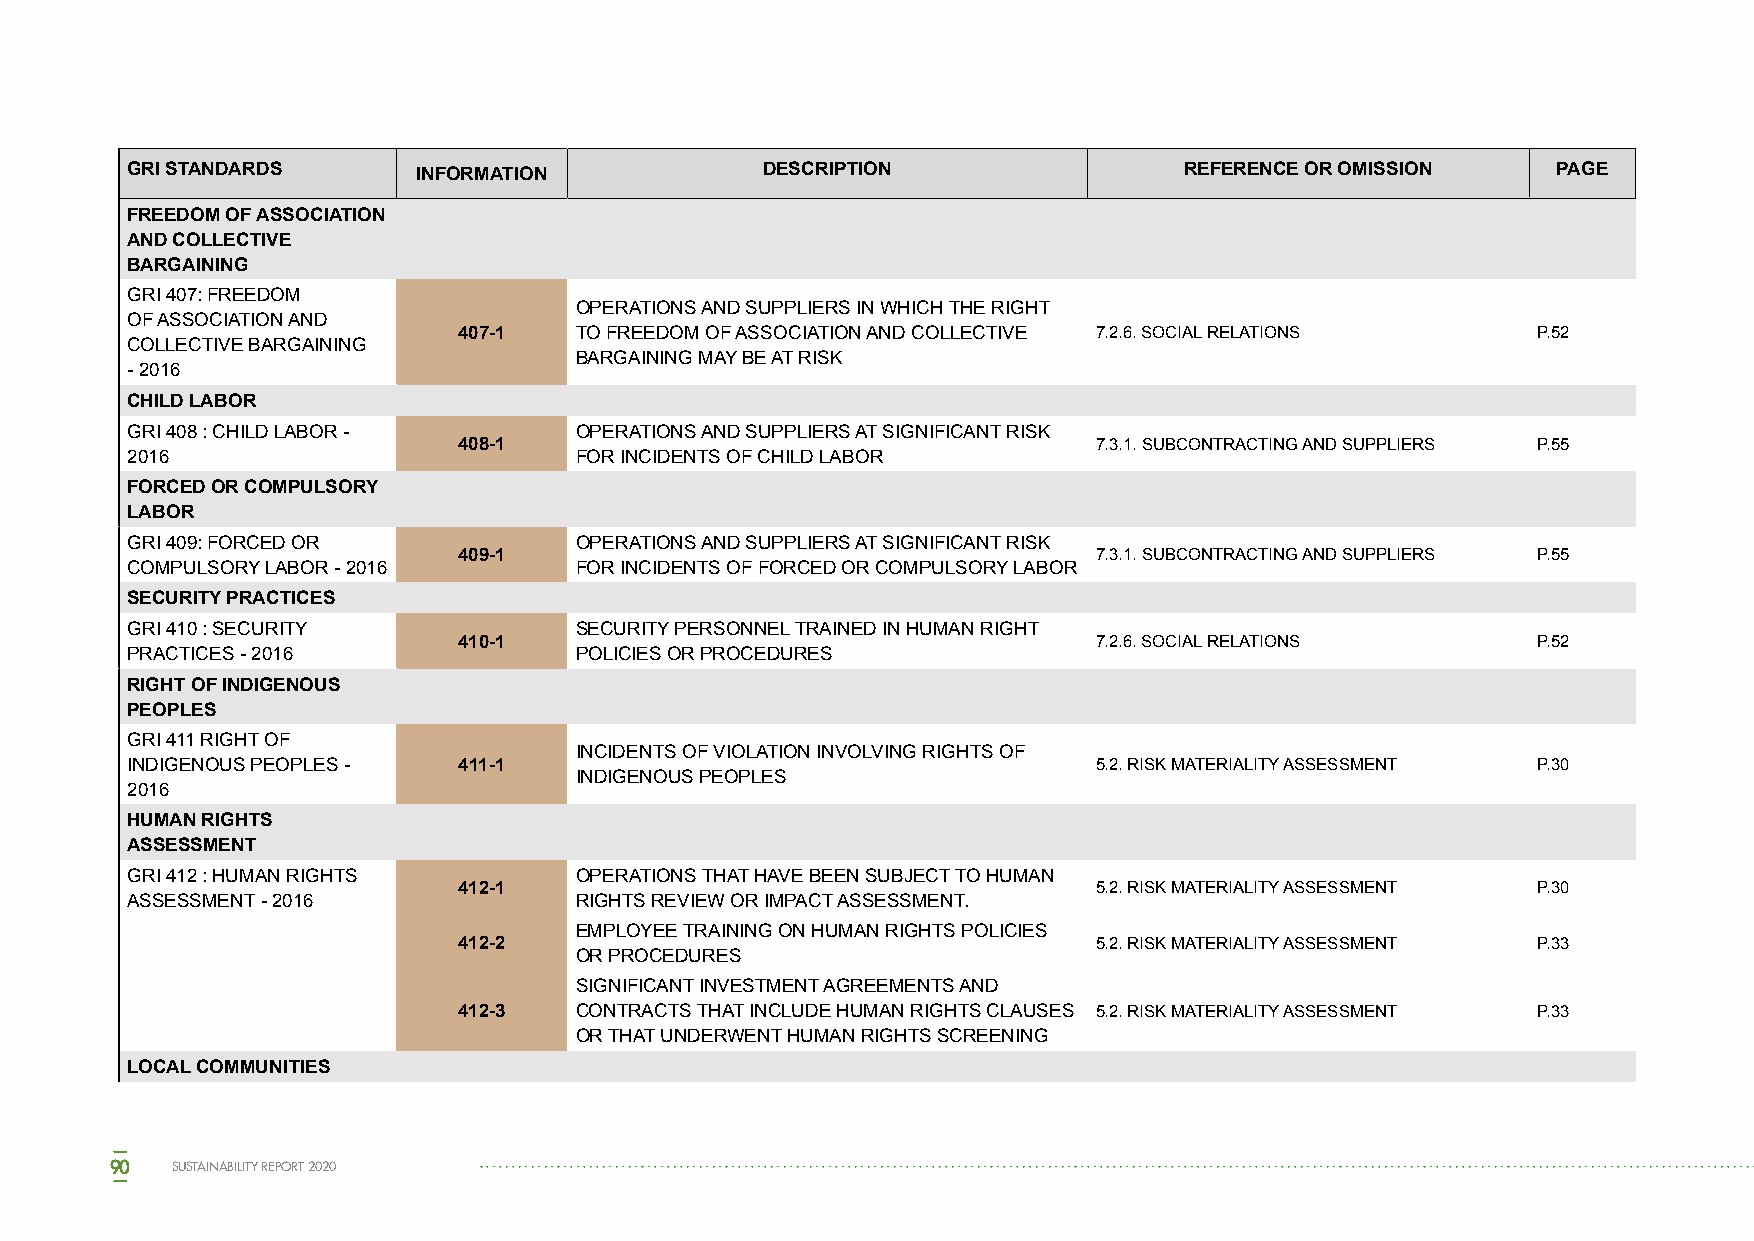
GRI STANDARDS       INFORMATION            DESCRIPTION                REFERENCE OR OMISSION    PAGE
 FREEDOM OF ASSOCIATION
 AND COLLECTIVE
 BARGAINING
 GRI 407: FREEDOM
 OPERATIONS AND SUPPLIERS IN WHICH THE RIGHT
 OF ASSOCIATION AND
 407-1   TO FREEDOM OF ASSOCIATION AND COLLECTIVE 7.2.6. SOCIAL RELATIONS P.52
 COLLECTIVE BARGAINING
 BARGAINING MAY BE AT RISK
 - 2016
 CHILD LABOR
 GRI 408 : CHILD LABOR -       OPERATIONS AND SUPPLIERS AT SIGNIFICANT RISK
 408-1                                      7.3.1. SUBCONTRACTING AND SUPPLIERS P.55
 2016                          FOR INCIDENTS OF CHILD LABOR
 FORCED OR COMPULSORY
 LABOR
 GRI 409: FORCED OR            OPERATIONS AND SUPPLIERS AT SIGNIFICANT RISK
 409-1                                      7.3.1. SUBCONTRACTING AND SUPPLIERS P.55
 COMPULSORY LABOR - 2016       FOR INCIDENTS OF FORCED OR COMPULSORY LABOR
 SECURITY PRACTICES
 GRI 410 : SECURITY            SECURITY PERSONNEL TRAINED IN HUMAN RIGHT
 410-1                                      7.2.6. SOCIAL RELATIONS      P.52
 PRACTICES - 2016              POLICIES OR PROCEDURES
 RIGHT OF INDIGENOUS
 PEOPLES
 GRI 411 RIGHT OF
 INCIDENTS OF VIOLATION INVOLVING RIGHTS OF
 INDIGENOUS PEOPLES -  411-1                                      5.2. RISK MATERIALITY ASSESSMENT P.30
 INDIGENOUS PEOPLES
 2016
 HUMAN RIGHTS
 ASSESSMENT
 GRI 412 : HUMAN RIGHTS        OPERATIONS THAT HAVE BEEN SUBJECT TO HUMAN
 412-1                                      5.2. RISK MATERIALITY ASSESSMENT P.30
 ASSESSMENT - 2016             RIGHTS REVIEW OR IMPACT ASSESSMENT.
 EMPLOYEE TRAINING ON HUMAN RIGHTS POLICIES
 412-2                                      5.2. RISK MATERIALITY ASSESSMENT P.33
 OR PROCEDURES
 SIGNIFICANT INVESTMENT AGREEMENTS AND
 412-3   CONTRACTS THAT INCLUDE HUMAN RIGHTS CLAUSES 5.2. RISK MATERIALITY ASSESSMENT P.33
 OR THAT UNDERWENT HUMAN RIGHTS SCREENING
 LOCAL COMMUNITIES
 90  SUSTAINABILITY REPORT 2020